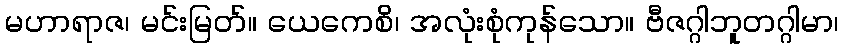
မဟာရာဇ၊ မင်းမြတ်။ ယေကေစိ၊ အလုံးစုံကုန်သော။ ဗီဇဂ္ဂါဘူတဂ္ဂါမာ၊